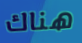
هناك